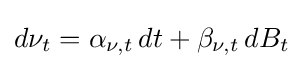
d\nu _{t}=\alpha _{\nu ,t}\,dt+\beta _{\nu ,t}\,dB_{t}